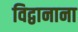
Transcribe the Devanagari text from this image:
विद्वानाना